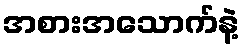
အစားအသောက်နဲ့